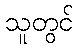
သူတွင်